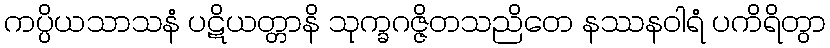
ကပ္ပိယသာသနံ ပဋိယတ္တာနိ သုက္ခဂဇ္ဇိတသညိတေ နဿနဝါရံ ပကိရိတွာ